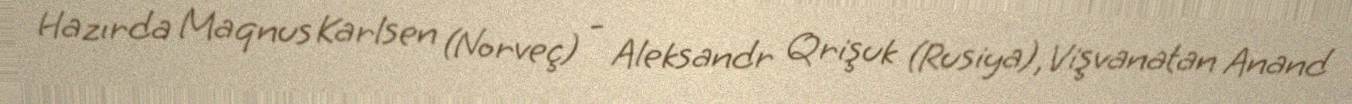
Hazırda Maqnus Karlsen (Norveç) - Aleksandr Qrişuk (Rusiya), Vişvanatan Anand